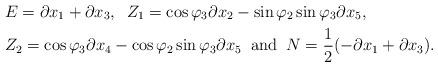
LaTeX: \begin{align*} &E=\partial x_{1}+\partial x_{3},\;\; Z_{1}=\cos \varphi_{3}\partial x_{2}-\sin \varphi_{2}\sin \varphi_{3}\partial x_{5},\\ &Z_{2}=\cos \varphi_{3}\partial x_{4}-\cos \varphi_{2}\sin \varphi_{3}\partial x_{5}\;\;\mbox{and}\;\; N=\frac{1}{2}(-\partial x_{1}+\partial x_{3}).\end{align*}